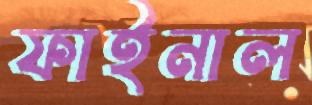
ফাইনাল